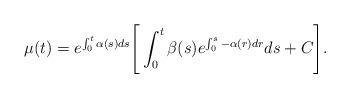
LaTeX: \begin{align*}\mu(t)=e^{\int_0^t\alpha(s)ds}\Bigg[\int_0^t \beta(s)e^{\int_0^s-\alpha(r)dr}ds+C\Bigg].\end{align*}